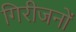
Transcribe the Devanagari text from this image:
गिरीजनों